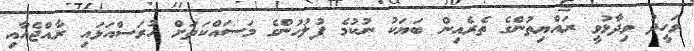
ވަހީދު ވިދާޅުވީ ރައްޔިތުންގެ ތެރެއިން ބަޔަކު ނުކުމެ ފުލުހުންގެ މަސައްކަތަށް ހުރަސްއަޅައި ރާއްޖެއާއި